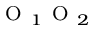
_ { \mathrm { ~ O ~ } _ { 1 } \mathrm { ~ O ~ } _ { 2 } }